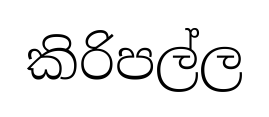
කිරිපල්ල